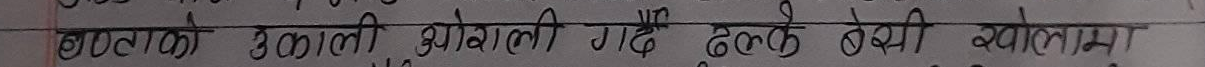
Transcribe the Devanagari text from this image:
बताको खाली छोराली गाडि ढल्के बेसी खोलामा ।